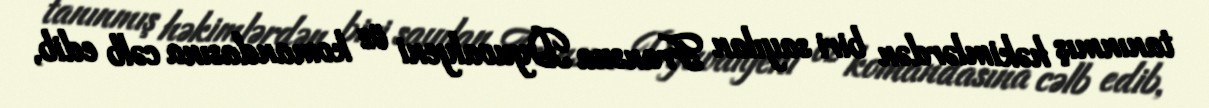
tanınmış həkimlərdən biri sayılan Fransua Dyuvalyeni öz komandasına cəlb edib,